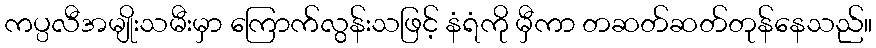
ကပ္ပလီအမျိုးသမီးမှာ ကြောက်လွန်းသဖြင့် နံရံကို မှီကာ တဆတ်ဆတ်တုန်နေသည်။